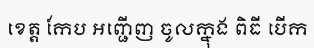
ខេត្ត កែប អញ្ជើញ ចូលក្នុង ពិធី បើក